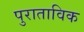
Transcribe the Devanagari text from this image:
पुराताविक